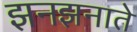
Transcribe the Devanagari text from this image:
झनझनाते